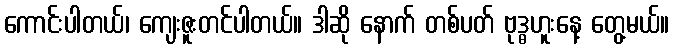
ကောင်းပါတယ်၊ ကျေးဇူးတင်ပါတယ်။ ဒါဆို နောက် တစ်ပတ် ဗုဒ္ဓဟူးနေ့ တွေ့မယ်။